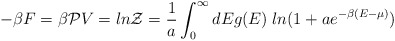
\begin{align*}- \beta F = \beta {\cal P} V = ln {\cal Z} = \frac{1}{a} \int_0^\infty d E g(E) \; ln (1 + a e^{- \beta (E - \mu)})\end{align*}